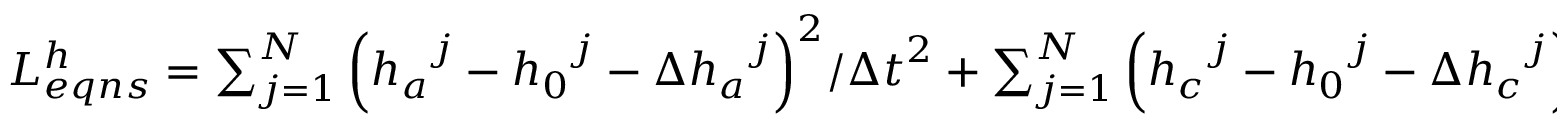
\begin{array} { r } { L _ { e q n s } ^ { h } = \sum _ { j = 1 } ^ { N } { { { \left( { { h } _ { a } } ^ { j } - { { h } _ { 0 } } ^ { j } - \Delta { { h } _ { a } } ^ { j } \right) } ^ { 2 } } / { { \Delta t } ^ { 2 } } } + \sum _ { j = 1 } ^ { N } { { { \left( { { h } _ { c } } ^ { j } - { { h } _ { 0 } } ^ { j } - \Delta { { h } _ { c } } ^ { j } \right) } ^ { 2 } } / { { \Delta t } ^ { 2 } } } } \end{array}